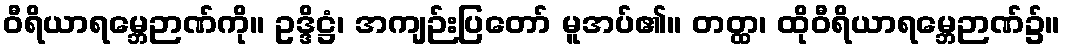
ဝီရိယာရမ္ဘေဉာဏ်ကို။ ဥဒ္ဒိဋ္ဌံ၊ အကျဉ်းပြတော် မူအပ်၏။ တတ္ထ၊ ထိုဝီရိယာရမ္ဘေဉာဏ်၌။